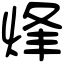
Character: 烽